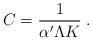
LaTeX: \begin{align*}C=\frac{1}{\alpha' \Lambda K}\; . \end{align*}